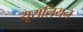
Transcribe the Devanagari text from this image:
यूरालियन